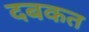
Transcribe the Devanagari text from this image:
दबकत